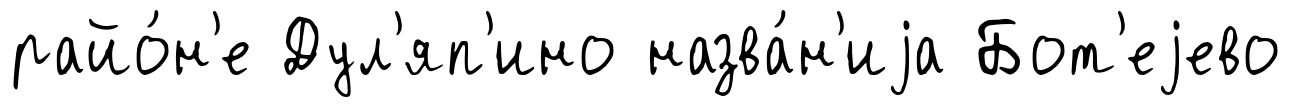
райо́н'е Дул'яп'ино назва́н'иjа Бот'еjево